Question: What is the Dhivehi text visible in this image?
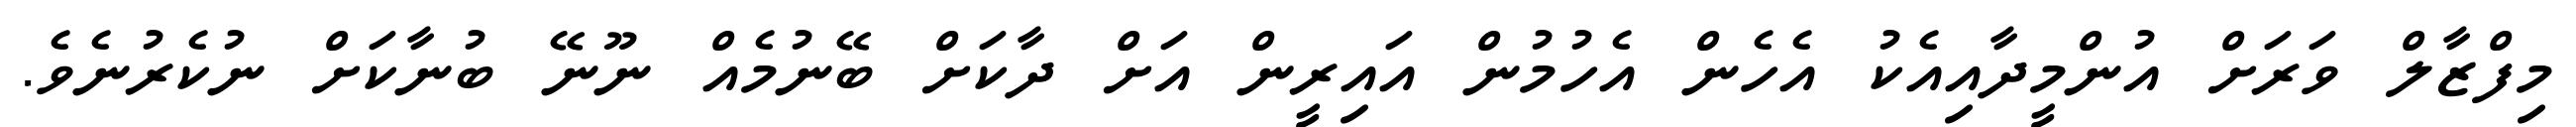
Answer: މިފްޒާލް ވަރަށް އުންމީދާއިއެކު އެހެން އެހުމުން އައިރީން އަށް ދާކަށް ބޭނުމެއް ނޫނޭ ބުނާކަށް ނުކެރުނެވެ.